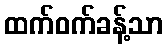
ထက်ဝက်ခန့်သာ